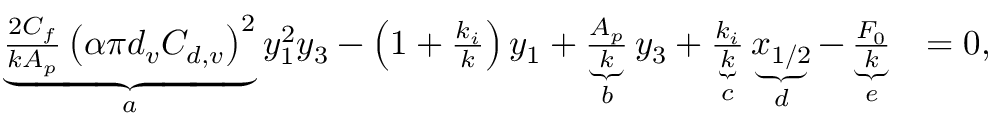
\begin{array} { r l } { \underbrace { \frac { 2 C _ { f } } { k A _ { p } } \left( \alpha \pi d _ { v } C _ { d , v } \right) ^ { 2 } } _ { a } y _ { 1 } ^ { 2 } y _ { 3 } - \left( 1 + \frac { k _ { i } } { k } \right) y _ { 1 } + \underbrace { \frac { A _ { p } } { k } } _ { b } y _ { 3 } + \underbrace { \frac { k _ { i } } { k } } _ { c } \underbrace { x _ { 1 / 2 } } _ { d } - \underbrace { \frac { F _ { 0 } } { k } } _ { e } } & { = 0 , } \end{array}